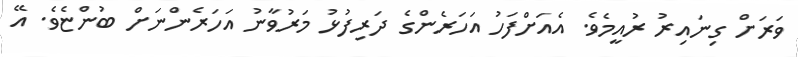
ވަރަށް ގިނައިރު ރުއީމެވެ. އެއަށްފަހު އަހަރެންގެ ދަރިފުޅު މަރުވާނު އަހަރެންނަށް ބުންޏެވެ. އޭ